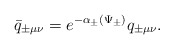
\begin{align*}\bar{q}_{\pm\mu\nu}=e^{-\alpha_{\pm}(\Psi_{\pm})}q_{\pm\mu\nu}.\end{align*}